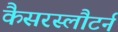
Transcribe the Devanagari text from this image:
कैसरस्लौटर्न